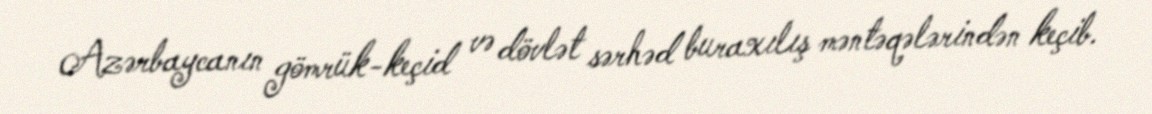
Azərbaycanın gömrük-keçid və dövlət sərhəd buraxılış məntəqələrindən keçib.